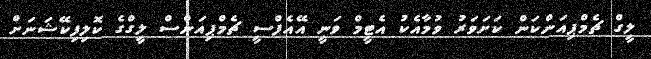
ލީގް ޗެމްޕިއަންކަން ކަށަވަރު ވުމާއެކު އެޓީމް ވަނީ އޭއެފްސީ ޗެމްޕިއަންސް ލީގްގެ ކޮލިފިކޭޝަނަށް